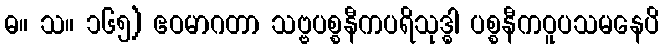
ဓ။ သ။ ၁၆၅) ဧဝမာဂတာ သဗ္ဗပစ္စနီကပရိသုဒ္ဓါ ပစ္စနီကဝူပသမနေပိ